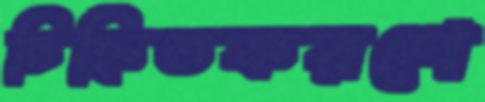
চিহ্নিতকরণে